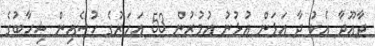
ދާއޫދާ އެކު ދާ އަޅަން އުޅުނު އުމުރުން 53 އަހަރުގެ ހުސެއިން ޝިހާބުގެ